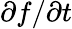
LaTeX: \partial f/\partial t